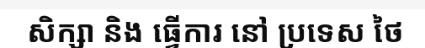
សិក្សា និង ធ្វើការ នៅ ប្រទេស ថៃ